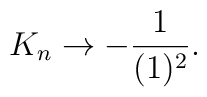
K_n\rightarrow -\frac{1}{(1)^2}.